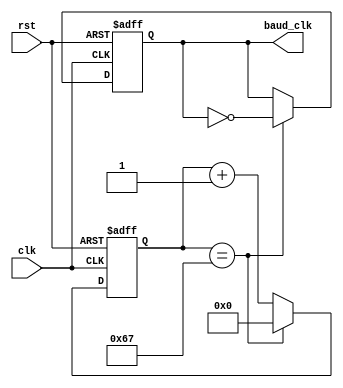
module baud_rate_clock(
    input clk,
    input rst,
    output reg baud_clk
);

reg [15:0] count;

always @ (posedge clk or posedge rst) begin
    if (rst) begin
        count <= 0;
        baud_clk <= 0;
    end else begin
        count <= count + 1;
        if (count == 15'd103) begin
            count <= 0;
            baud_clk <= ~baud_clk;
        end
    end
end

endmodule